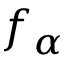
f _ { \alpha }